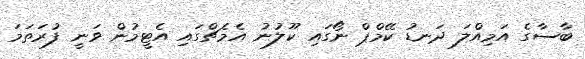
ބާސާގެ އަމިއްލަ ދަނޑު ކޭމްޕް ނޯގައި ކޫލުނު އެމެޗްގައި އެޓީމުން ވަނީ ފުރަތަމަ